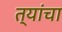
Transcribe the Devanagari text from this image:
त्यांंचा